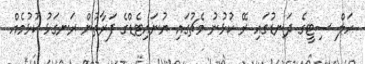
ހަލް ސިޓީގެ ދަނޑުގައި ރޭ ކުޅުނު މެޗުގައި ޔުނައިޓެޑްގެ ފަރާތުން ރަނގަޅު ކުޅުމެއް